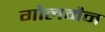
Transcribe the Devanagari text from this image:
गोलमैन